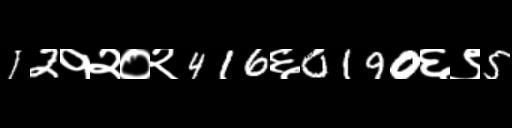
Text: 12१२०२416६0190६९5